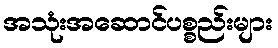
အသုံးအဆောင်ပစ္စည်းများ